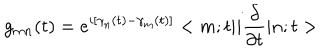
g _ { m n } ( t ) = e ^ { i [ \gamma _ { n } ( t ) - \gamma _ { m } ( t ) ] } < m ; t | i \frac { \partial } { \partial t } | n ; t >